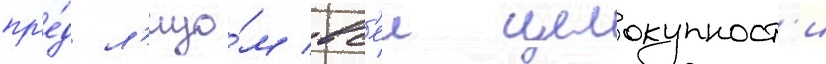
пр'е́д л'ицо́м вс'еи целокупност'и